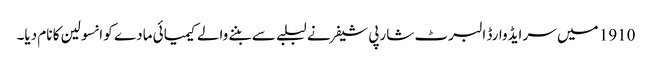
1910 میں‌ سر ایڈوارڈ البرٹ شارپی شیفر نے لبلبے سے بننے والے کیمیائی مادے کو انسولین کا نام دیا۔